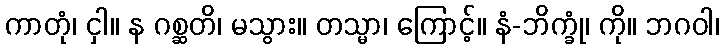
ကာတုံ၊ ငှါ။ န ဂစ္ဆတိ၊ မသွား။ တသ္မာ၊ ကြောင့်။ နံ-ဘိက္ခုံ၊ ကို။ ဘဂဝါ၊